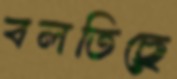
বলতিছে